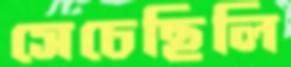
সেচেছিলি